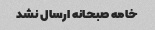
خامه صبحانه ارسال نشد